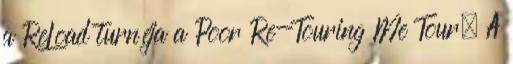
a ReLoad turnéja a Poor Re-Touring Me Tour. A